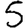
Digit: 5